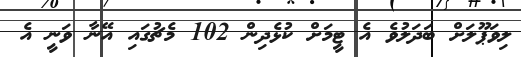
ލިވަޕޫލަށް ބަދަލުވެ އެ ޓީމަށް ކުޅެދިން 102 މެޗުގައި އޭނާ ވަނީ އެ